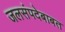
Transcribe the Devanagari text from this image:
जलसंपदेबाबत